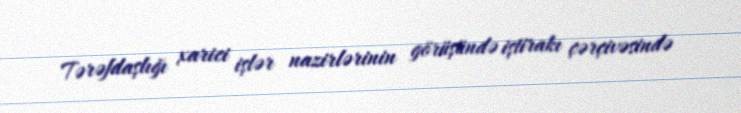
Tərəfdaşlığı xarici işlər nazirlərinin görüşündə iştirakı çərçivəsində